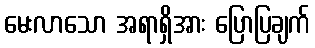
မေးလာသော အရာရှိအား ပြောပြချက်